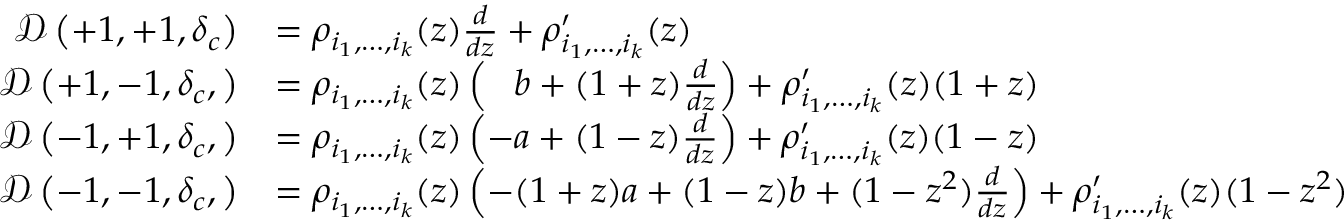
\begin{array} { r l } { \mathcal { D } \left( + 1 , + 1 , \boldsymbol { \delta _ { c } } \right) } & { = \rho _ { i _ { 1 } , \hdots , i _ { k } } ( z ) \frac { d } { d z } + \rho _ { i _ { 1 } , \hdots , i _ { k } } ^ { \prime } ( z ) } \\ { \mathcal { D } \left( + 1 , - 1 , \boldsymbol { \delta _ { c } } , \right) } & { = \rho _ { i _ { 1 } , \hdots , i _ { k } } ( z ) \left( \hphantom { - } b + ( 1 + z ) \frac { d } { d z } \right) + \rho _ { i _ { 1 } , \hdots , i _ { k } } ^ { \prime } ( z ) ( 1 + z ) } \\ { \mathcal { D } \left( - 1 , + 1 , \boldsymbol { \delta _ { c } } , \right) } & { = \rho _ { i _ { 1 } , \hdots , i _ { k } } ( z ) \left( - a + ( 1 - z ) \frac { d } { d z } \right) + \rho _ { i _ { 1 } , \hdots , i _ { k } } ^ { \prime } ( z ) ( 1 - z ) } \\ { \mathcal { D } \left( - 1 , - 1 , \boldsymbol { \delta _ { c } } , \right) } & { = \rho _ { i _ { 1 } , \hdots , i _ { k } } ( z ) \left( - ( 1 + z ) a + ( 1 - z ) b + ( 1 - z ^ { 2 } ) \frac { d } { d z } \right) + \rho _ { i _ { 1 } , \hdots , i _ { k } } ^ { \prime } ( z ) ( 1 - z ^ { 2 } ) } \end{array}